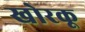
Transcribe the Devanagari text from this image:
खोरकू